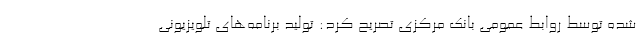
شده توسط روابط عمومی بانک مرکزی تصریح کرد: توليد برنامه‌هاي تلويزيوني